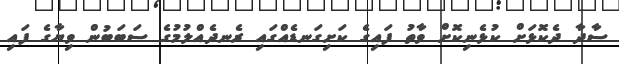
ސާދާ ދެކޮޅަށް ކުޅެނިކޮށް ވާތު ފައިގެ ކަށިގަނޑެއްގައި ރެނދެއްލުމުގެ ސަބަބުން ވިޔާގެ ފައި